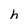
Character: h